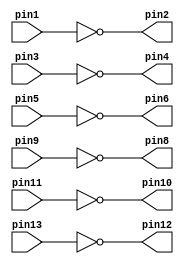
module v7404(pin1, pin3, pin5, pin9, pin11, pin13, pin2, pin4, pin6, pin8, pin10, pin12);
	input pin1;
	input pin3;
	input pin5;
	input pin9;
	input pin11;
	input pin13;
	
	output pin2;
	output pin4;
	output pin6;
	output pin8;
	output pin10;
	output pin12;
	
	assign pin2 = ~pin1;
	assign pin4 = ~pin3;
	assign pin6 = ~pin5;
	assign pin8 = ~pin9;
	assign pin10 = ~pin11;
	assign pin12 = ~pin13;
	
endmodule

module v7408(pin1, pin3, pin5, pin9, pin11, pin13, pin2, pin4, pin6, pin8, pin10, pin12);
	input pin1;
	input pin2;
	input pin4;
	input pin5;
	input pin9;
	input pin10;
	input pin12;
	input pin13;
	
	output pin3;
	output pin6;
	output pin8;
	output pin11;
	
	assign pin3 = pin1 & pin2;
	assign pin6 = pin4 & pin5;
	assign pin8 = pin9 & pin10;
	assign pin11 = pin12 & pin13;
	
endmodule

module v7432(pin1, pin3, pin5, pin9, pin11, pin13, pin2, pin4, pin6, pin8, pin10, pin12);

	input pin1;
	input pin2;
	input pin4;
	input pin5;
	input pin9;
	input pin10;
	input pin12;
	input pin13;
	
	output pin3;
	output pin6;
	output pin8;
	output pin11;
	
	assign pin3 = pin1 | pin2;
	assign pin6 = pin4 | pin5;
	assign pin8 = pin9 | pin10;
	assign pin11 = pin12 | pin13;

endmodule

module mux2to1(x, y, s, m);
	input x;
	input y;
	input s;
	
	output m;
	
	wire w0;
	wire w1;
	wire w2;
	
	v7404 inv(
		.pin1(s),
		.pin2(w0)
	);
	
	v7408 andchip(
		.pin1(w0),
		.pin2(x),
		.pin3(w1),
		.pin4(s),
		.pin5(y),
		.pin6(w2)
	);
	
	v7432 orchip(
		.pin1(w1),
		.pin2(w2),
		.pin3(m)
	);
	
endmodule